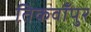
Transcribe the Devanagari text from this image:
तिकवाँपुर